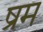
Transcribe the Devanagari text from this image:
ष्रम